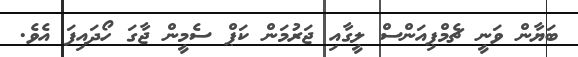
ބަޔާން ވަނީ ޗެމްޕިއަންސް ލީގާއި ޖަރުމަން ކަޕް ސެމީން ޖާގަ ހޯދައިފަ އެވެ.